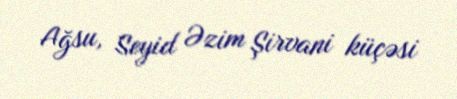
Ağsu, Seyid Əzim Şirvani küçəsi